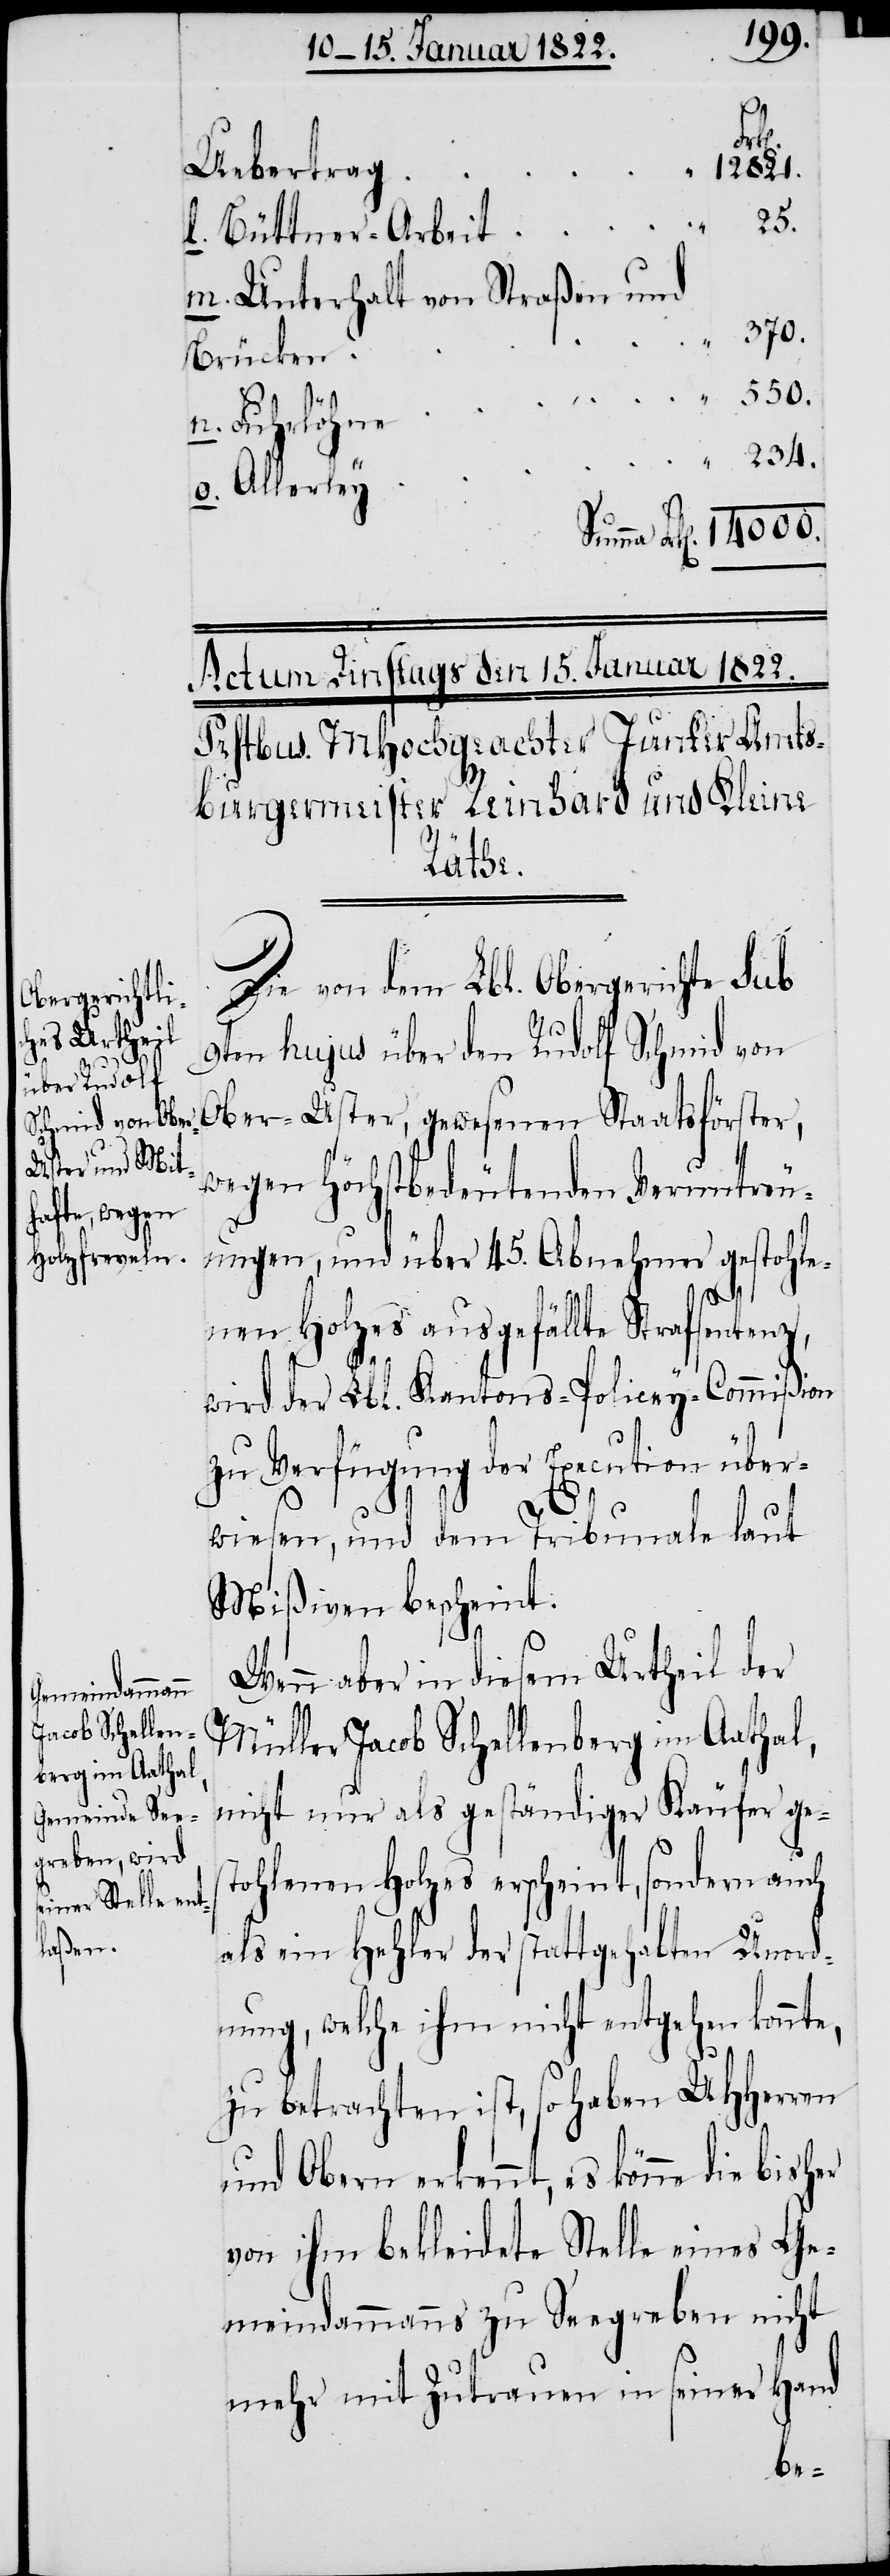
14000.
12821.
Uebertrag
m. Unterhalt von Straßen und
Brücken
er
o. Allerley
Die von dem Lbl. Obergericht sub
9ten hujus über den Rudolf Schmid von
Ober-Uster, gewesenen Staatsförster,
wegen höchstbedeutenden Veruntreu¬
ungen, und über 45. Abnehmer gestohle¬
234.
nen Holzes ausgefällte Strafsentenz,
wird der Lbl. Kantons-Policey-Commißion
zu Verfügung der Execution über¬
wiesen, und dem Tribunale laut
Mißiven bescheint.
Wenn aber in diesem Urtheil der
Müller Jacob Schellenberg im Aathal,
nicht nur als geständiger Käufer ges¬
tohlenen Holzes erscheint, sondern auch
als ein Hehler der stattgehabten Unord¬
nung, welche ihm nicht entgehen konnte,
zu betrachten ist, so haben UHHerren
und Obern erkennt, es könne die bish¬
von ihm bekleidete Stelle eines Ge¬
meindammanns zu Seegreben nicht
mehr mit Zutrauen in seiner Hand